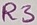
Text: R3